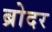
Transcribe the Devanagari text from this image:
ब्रोदर